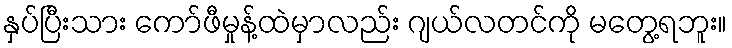
နှပ်ပြီးသား ကော်ဖီမှုန့်ထဲမှာလည်း ဂျယ်လတင်ကို မတွေ့ရဘူး။